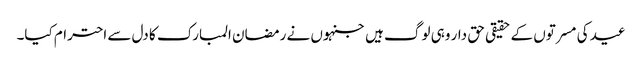
عید کی مسرتوں کے حقیقی حق دار وہی لوگ ہیں جنہوں نے رمضان المبارک کا دل سے احترام کیا۔